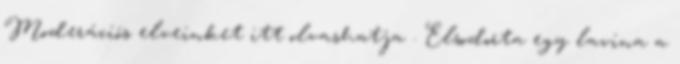
Moderációs elveinket itt olvashatja . Elsodorta egy lavina a